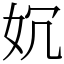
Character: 㚮